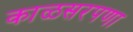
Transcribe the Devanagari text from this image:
काळसरपणा